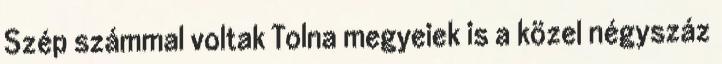
Szép számmal voltak Tolna megyeiek is a közel négyszáz